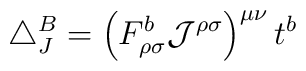
\triangle_J^B=\left(F_{\rho \sigma}^b {\cal{J}}^{\rho \sigma} \right)^{\mu \nu}t^b